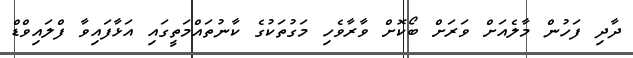
ދާދި ފަހުން މާލެއަށް ވަރަށް ބޯކޮށް ވާރާވެހި މަގުތަކުގެ ކާނުތައްމަތީގައި އަޅާފައިވާ ފްލައިވްޑް